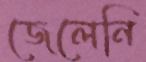
জেলেনি